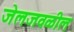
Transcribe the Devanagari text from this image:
जेलजवळील